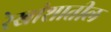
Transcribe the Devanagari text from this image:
रेखांशातील